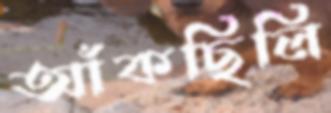
আঁকছিলি